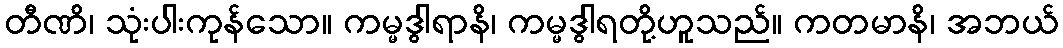
တီဏိ၊ သုံးပါးကုန်သော။ ကမ္မဒွါရာနိ၊ ကမ္မဒွါရတို့ဟူသည်။ ကတမာနိ၊ အဘယ်